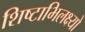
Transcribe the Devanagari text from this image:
शिष्टाभिलक्ष्यो